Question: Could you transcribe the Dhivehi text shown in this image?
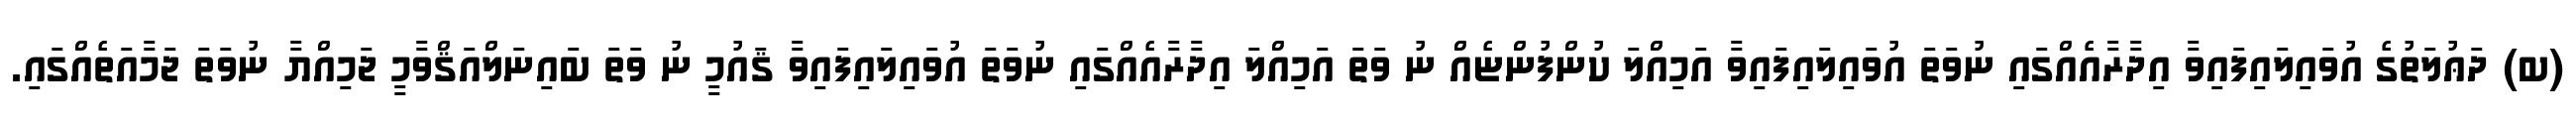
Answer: (ބ) ދަޢުލަތުގެ އުވައިލައިފައިވާ އިދާރާއެއްގައި ނުވަތަ އުވައިލައިފައިވާ އަމިއްލަ ކުންފުންޏެއް ނު ވަތަ އަމިއްލަ އިދާރާއެއްގައި ނުވަތަ އުވައިލައިފައިވާ ޤައުމީ ނު ވަތަ ބައިނަލްއަޤްވާމީ ޖަމިއްޔާ ނުވަތަ ޖަމާއަތެއްގައި.